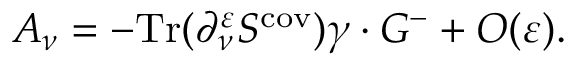
{ \cal A } _ { \nu } = - \mathrm { T r } ( \partial _ { \nu } ^ { \varepsilon } S ^ { \mathrm { c o v } } ) \gamma \cdot G ^ { - } + { \cal O } ( \varepsilon ) .